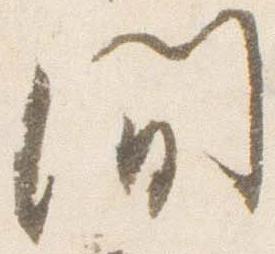
間